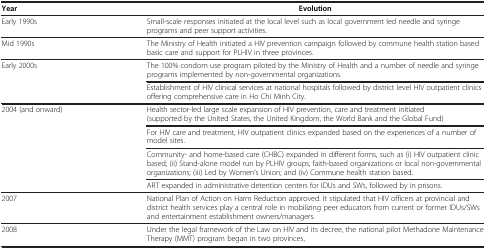
<table><thead><tr><td><b>Year</b></td><td><b>Evolution</b></td></tr></thead><tbody><tr><td>Early 1990s</td><td>Small-scale responses initiated at the local level such as local government led needle and syringe programs and peer support activities.</td></tr><tr><td>Mid 1990s</td><td>The Ministry of Health initiated a HIV prevention campaign followed by commune health station based basic care and support for PLHIV in three provinces.</td></tr><tr><td rowspan="2">Early 2000s</td><td>The 100% condom use program piloted by the Ministry of Health and a number of needle and syringe programs implemented by non-governmental organizations.</td></tr><tr><td>Establishment of HIV clinical services at national hospitals followed by district level HIV outpatient clinics offering comprehensive care in Ho Chi Minh City.</td></tr><tr><td rowspan="4">2004 (and onward)</td><td>Health sector-led large scale expansion of HIV prevention, care and treatment initiated (supported by the United States, the United Kingdom, the World Bank and the Global Fund)</td></tr><tr><td>For HIV care and treatment, HIV outpatient clinics expanded based on the experiences of a number of model sites.</td></tr><tr><td>Community- and home-based care (CHBC) expanded in different forms, such as (i) HIV outpatient clinic based; (ii) Stand-alone model run by PLHIV groups, faith-based organizations or local non-governmental organizations; (iii) Led by Women’s Union; and (iv) Commune health station based.</td></tr><tr><td>ART expanded in administrative detention centers for IDUs and SWs, followed by in prisons.</td></tr><tr><td>2007</td><td>National Plan of Action on Harm Reduction approved. It stipulated that HIV officers at provincial and district health services play a central role in mobilizing peer educators from current or former IDUs/SWs and entertainment establishment owners/managers.</td></tr><tr><td>2008</td><td>Under the legal framework of the Law on HIV and its decree, the national pilot Methadone Maintenance Therapy (MMT) program began in two provinces,</td></tr></tbody></table>